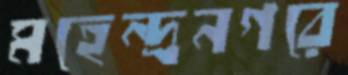
মহেন্দ্রনগরে